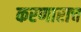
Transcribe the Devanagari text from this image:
करणाराच